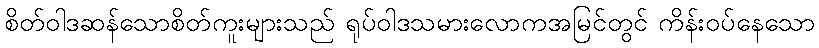
စိတ်ဝါဒဆန်သောစိတ်ကူးများသည် ရုပ်ဝါဒသမားလောကအမြင်တွင် ကိန်းဝပ်နေသော